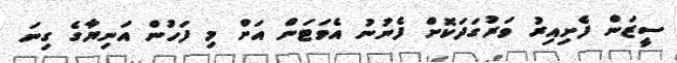
ސީޒަން ފެށިއިރު ވަރުގަދަކޮށް ފެނުނު އެވަޓަން އަށް މި ފަހުން އަނިޔާގެ ގިނަ